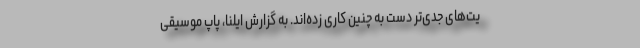
یت‌های جدی‌تر دست به چنین کاری زده‌اند. به گزارش ایلنا، پاپ موسیقی